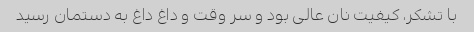
با تشکر، کیفیت نان عالی بود و سر وقت و داغ داغ به دستمان رسید